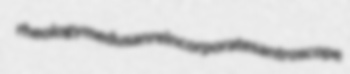
rheology medusan reincorporates antroscope